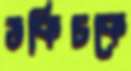
ডকিচকে